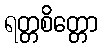
ရတ္တစိတ္တော